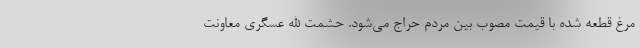
مرغ قطعه شده با قیمت مصوب بین مردم حراج می‌شود. حشمت الله عسگری معاونت